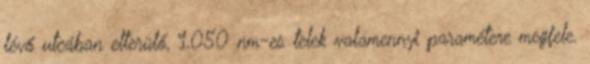
lévő utcában elterülő, 1.050 nm-es telek valamennyi paramétere megfele.